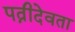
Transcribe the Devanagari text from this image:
पत्नीदेवता